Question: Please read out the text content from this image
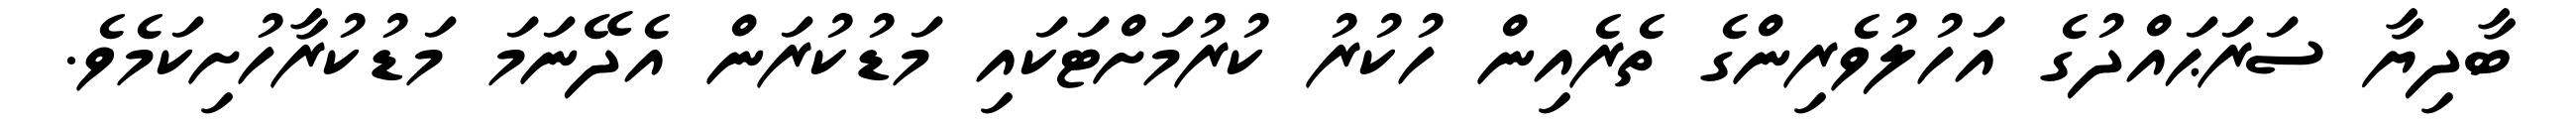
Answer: ބާދިޔާ ސަރަޙައްދުގެ އަހުލުވެރިންގެ ތެރެއިން ހުކުރު ކުރުމަށްޓަކައި މަޑުކުރަން އެދޭނަމަ މަޑުކުރާހުށިކަމެވެ.